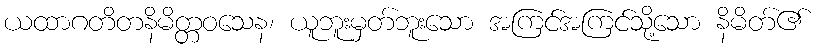
ယထာဂတိတနိမိတ္တဝသေန၊ ယူဘူးမှတ်ဘူးသော အကြင်အကြင်သို့သော နိမိတ်၏